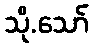
သို.သော်